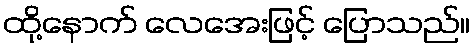
ထို့နောက် လေအေးဖြင့် ပြောသည်။